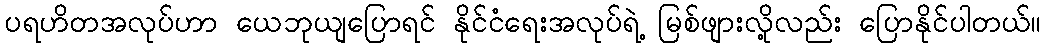
ပရဟိတအလုပ်ဟာ ယေဘုယျပြောရင် နိုင်ငံရေးအလုပ်ရဲ့ မြစ်ဖျားလို့လည်း ပြောနိုင်ပါတယ်။